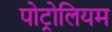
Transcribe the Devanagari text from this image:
पोट्रोलियम